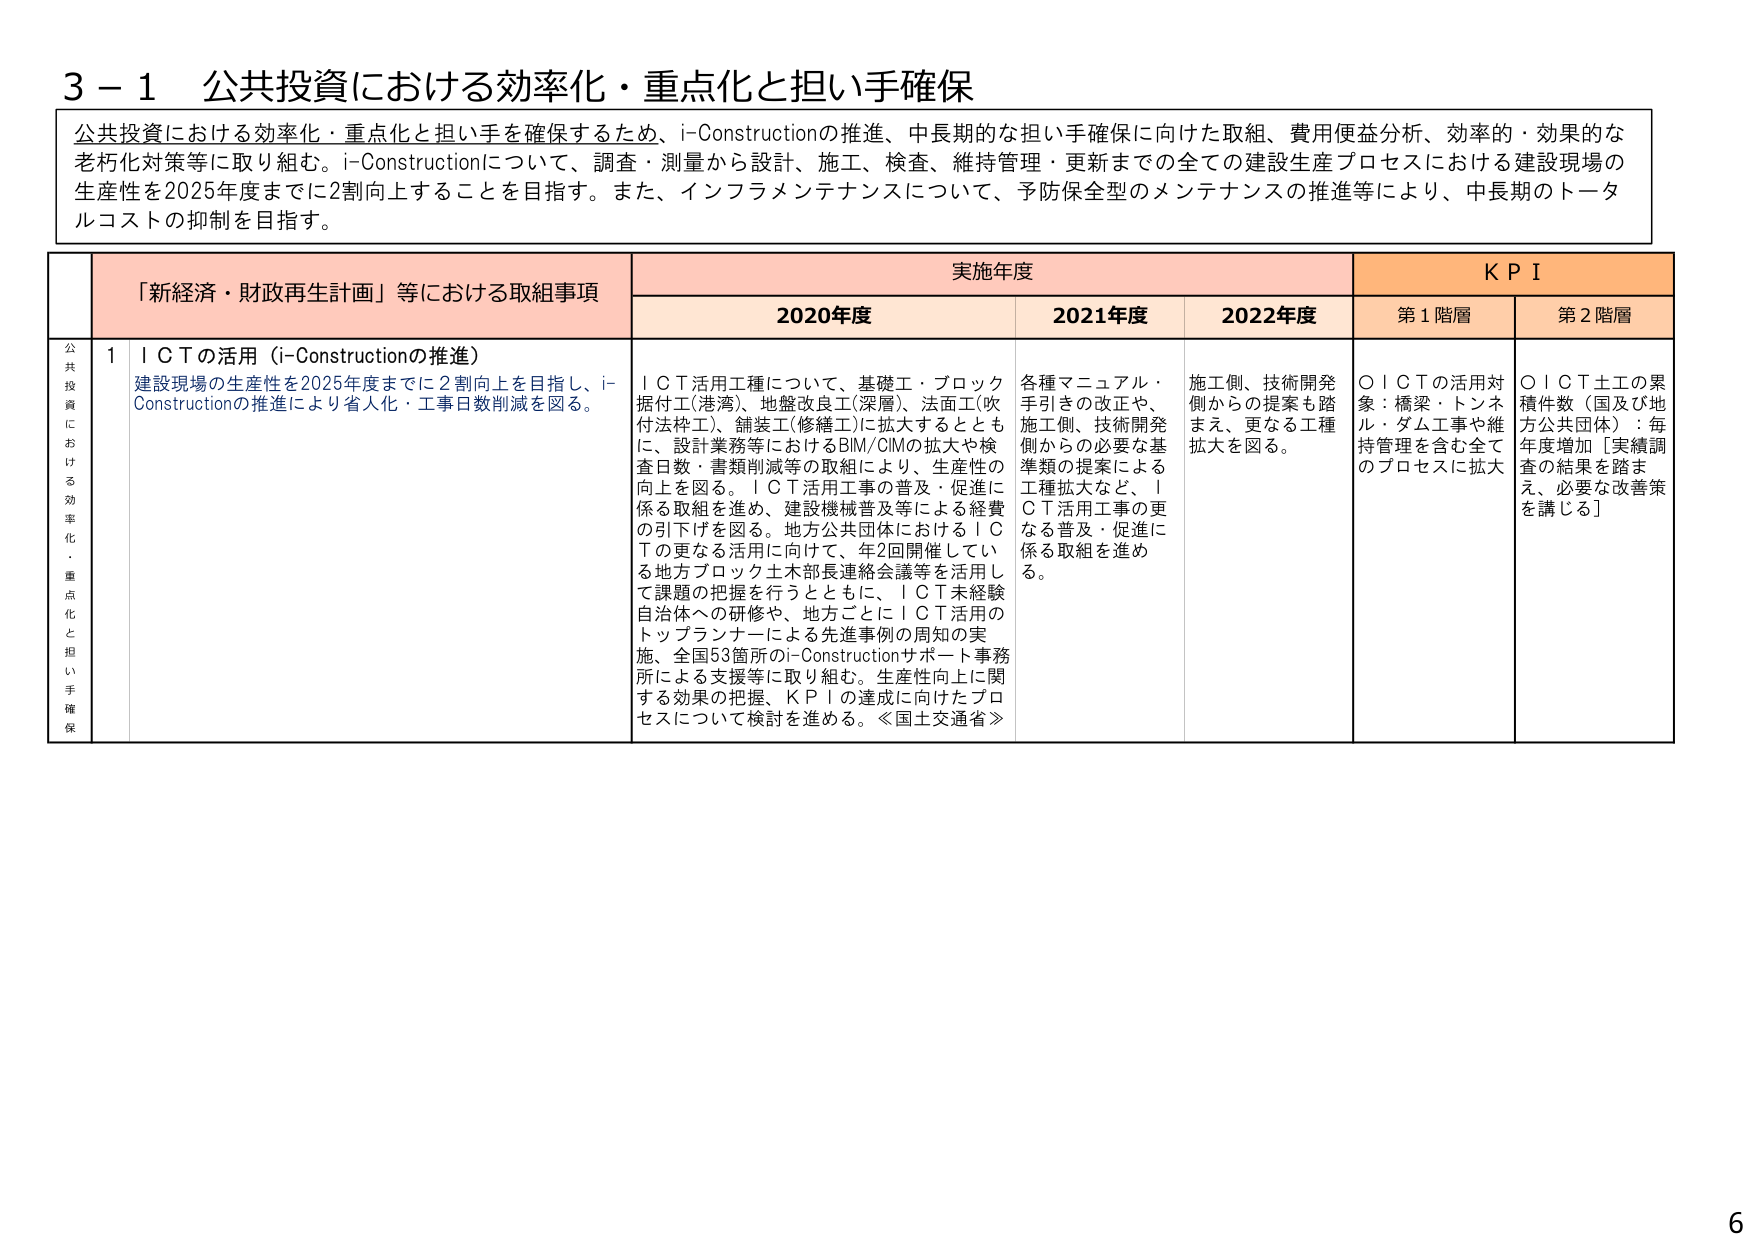
3－1 公共投資における効率化・重点化と担い手確保

公共投資における効率化・重点化と担い手を確保するため、i-Constructionの推進、中長期的な担い手確保に向けた取組、費用便益分析、効率的・効果的な老朽化対策等に取り組む。i-Constructionについて、調査・測量から設計、施工、検査、維持管理・更新までの全ての建設生産プロセスにおける建設現場の生産性を2025年度までに2割向上することを目指す。また、インフラメンテナンスについて、予防保全型のメンテナンスの推進等により、中長期のトータルコストの抑制を目指す。

「新経済・財政再生計画」等における取組事項　　実施年度　　KPI
　　　　　　　　　　　　　　　　　　　　　　　　2020年度　　2021年度　　2022年度　　第1階層　　第2階層

公共投資における効率化・重点化と担い手確保
1　ＩＣＴの活用（i-Constructionの推進）
　　建設現場の生産性を2025年度までに2割向上を目指し、i-Constructionの推進により省人化・工事日数削減を図る。
　　ＩＣＴ活用工種について、基礎工・ブロック据付工(港湾)、地盤改良工(深層)、法面工(吹付法枠工)、舗装工(修繕工)に拡大するとともに、設計業務等におけるBIM/CIMの拡大や検査日数・書類削減等の取組により、生産性の向上を図る。ＩＣＴ活用工事の普及・促進に係る取組を進め、建設機械普及等による経費の引下げを図る。地方公共団体におけるＩＣＴの更なる活用に向けて、年2回開催している地方ブロック土木部長連絡会議等を活用して課題の把握を行うとともに、ＩＣＴ未経験自治体への研修や、地方ごとにＩＣＴ活用のトップランナーによる先進事例の周知の実施、全国53箇所のi-Constructionサポート事務所による支援等に取り組む。生産性向上に関する効果の把握、ＫＰＩの達成に向けたプロセスについて検討を進める。≪国土交通省≫

　　各種マニュアル・手引きの改正や、施工側、技術開発側からの必要な基準類の提案による工種拡大など、ＩＣＴ活用工事の更なる普及・促進に係る取組を進める。

　　施工側、技術開発側からの提案も踏まえ、更なる工種拡大を図る。

　　○ＩＣＴの活用対象：橋梁・トンネル・ダム工事や維持管理を含む全てのプロセスに拡大

　　○ＩＣＴ土工の累積件数（国及び地方公共団体）：毎年度増加［実績調査の結果を踏まえ、必要な改善策を講じる］

6